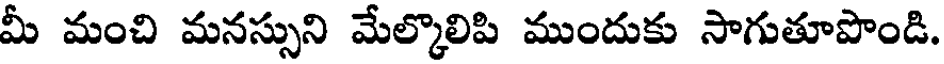
మీ మంచి మనస్సుని మేల్కొలిపి ముందుకు సాగుతూపొండి.